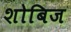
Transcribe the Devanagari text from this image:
शोबिज